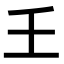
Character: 𡈼